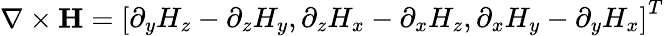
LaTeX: \nabla\times\mathbf{H}=\left[\begin{array}{l}{\partial_{y}H_{z}-\partial_{z}H_{y},\partial_{z}H_{x}-\partial_{x}H_{z},\partial_{x}H_{y}-\partial_{y}H_{x}}\end{array}\right]^{T}